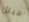
مبتل